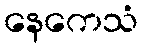
နေကေသံ